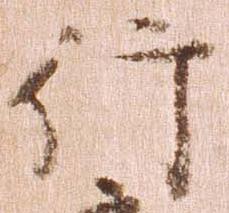
行